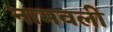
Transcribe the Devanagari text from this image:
नामवली